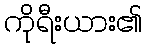
ကိုရီးယား၏